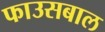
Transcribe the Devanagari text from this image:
फाउसबाल